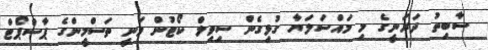
ސާބިތު ދަރަނީގެ މި މައްސަލަޔާ ގުޅިގެން ސިވިލް ކޯޓުން ވަނީ ތަސްމީންގެ ޕާސްޕޯޓް